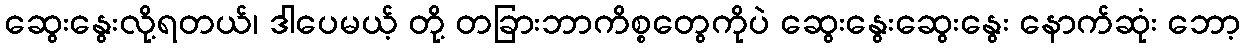
ဆွေးနွေးလို့ရတယ်၊ ဒါပေမယ့် တို့ တခြားဘာကိစ္စတွေကိုပဲ ဆွေးနွေးဆွေးနွေး နောက်ဆုံး ဘော့